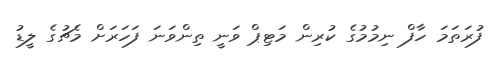
ފުރަތަމަ ހާފް ނިމުމުގެ ކުރިން މަޓިޕް ވަނީ ތިންވަނަ ފަހަރަށް މެޗުގެ ލީޑު